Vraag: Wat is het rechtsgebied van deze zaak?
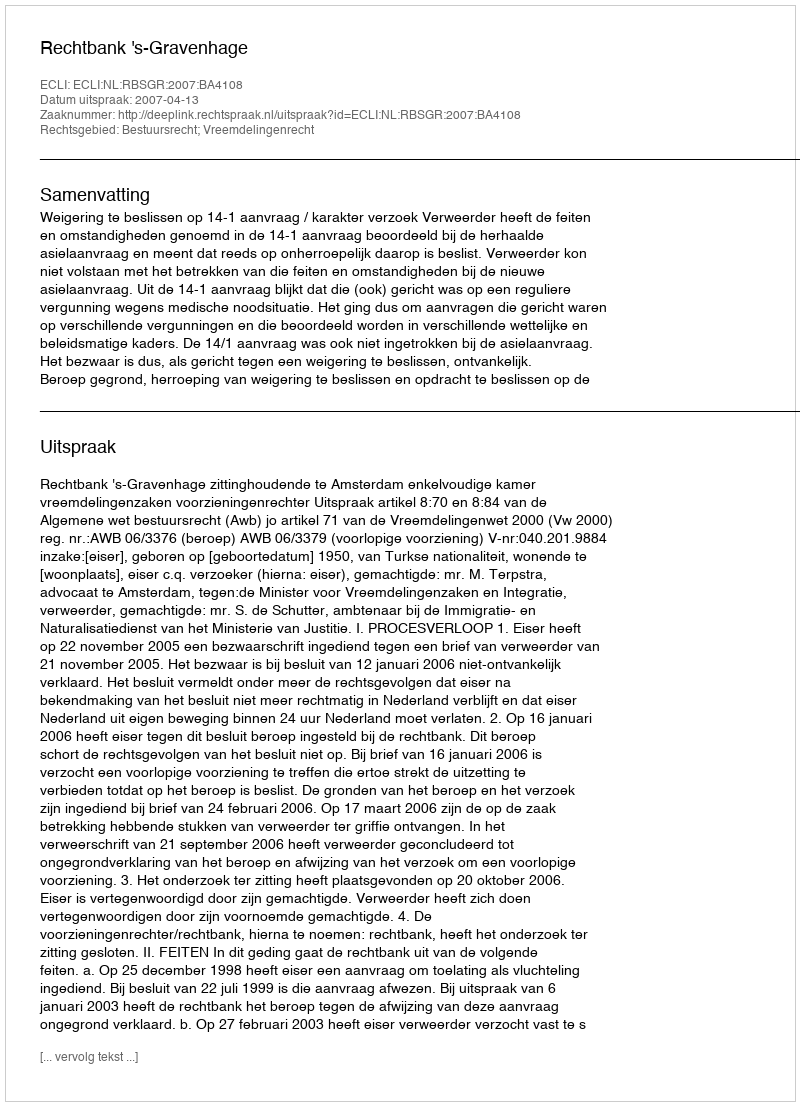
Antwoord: Bestuursrecht; Vreemdelingenrecht